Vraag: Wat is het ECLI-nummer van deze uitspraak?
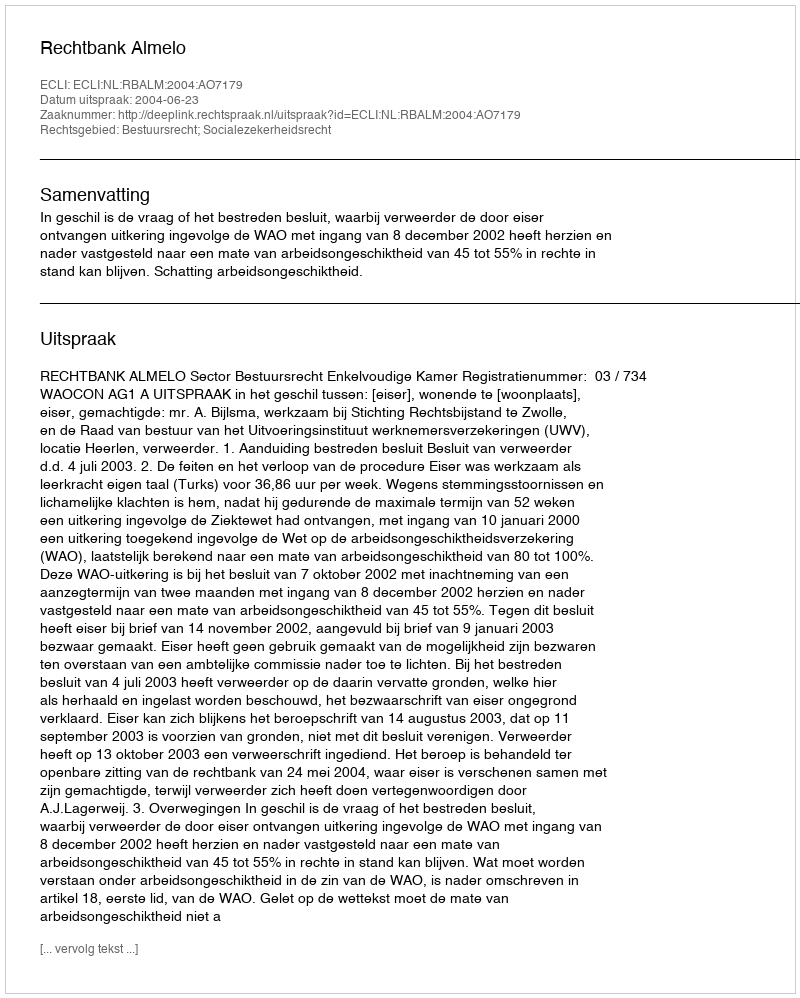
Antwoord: ECLI:NL:RBALM:2004:AO7179